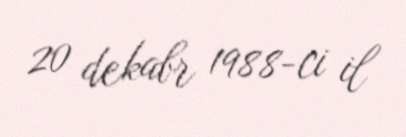
20 dekabr 1988-ci il